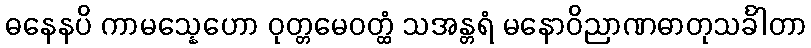
ဓနေနပိ ကာမသ္နေဟော ဝုတ္တမေဝတ္ထံ သအန္တရံ မနောဝိညာဏဓာတုသင်္ခါတာ